Report of the Imperial Institute of Veterinary Research, Muktesar
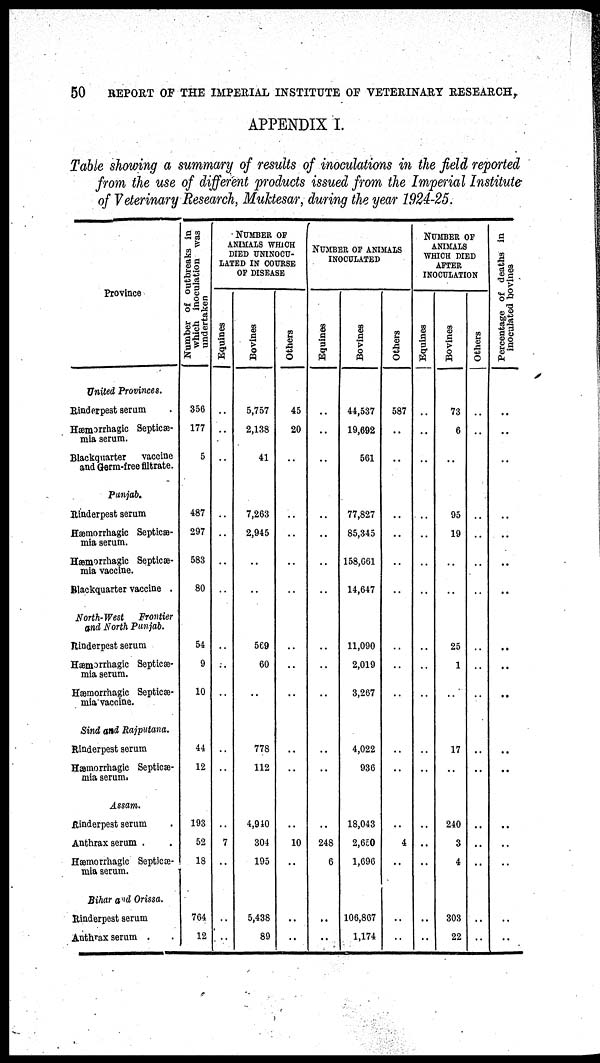
50
REPORT OF THE IMPERIAL INSTITUTE OF VETERINARY RESEARCH,
APPENDIX I.
Table showing a summary of results of inoculations in the field reported
from the use of different products issued from the Imperial Institute
of Veterinary Research, Muktesar, during the year 1924-25.
Province
United Provinces.
Rinderpest serum
Hæmorrhagic Septicæ-
mia serum.
Blackquarter
vaccine
and Germ-free filtrate.
Punjab.
Rinderpest serum
Hæmorrhagic Septicæ-
mia serum.
Hæmorrhagic Septicæ-
mia vaccine.
Blackquarter vaccine .
North-West
Frontier
and North Punjab.
Rinderpest serum
Hæmorrhagic Septicæ-
mia serum.
Hæmorrhagic Septicæ-
mia vaccine.
Sind and Rajputana.
Rinderpest serum
Hæmorrhagic Septicæ-
mia serum.
Assam.
Rinderpest serum
Anthrax serum .
Hæmorrhagic Septicæ-
mia serum.
Bihar and Orissa.
Rinderpest serum
Anthrax serum
Number of outbreaks in
which inoculation was
undertaken
356
177
5
487
297
583
80
54
9
10
44
12
193
52
18
764
12
NUMBER OF
ANIMALS WHICH
DIED UNINOCU¬
LATED IN COURSE
OF DISEASE
Equines
..
..
..
..
..
..
..
..
..
..
..
..
..
7
..
..
..
Bovines
5,757
2,138
41
7,263
2,945
569
60
..
778
112
4,940
304
195
5,438
89
Others
45
20
..
..
..
..
..
..
..
..
..
..
..
..
10
..
..
..
NUMBER OF ANIMALS
INOCULATED
Equines
..
..
..
..
..
..
..
..
..
..
..
..
..
..
248
6
..
..
Bovines
44,537
19,692
561
77,827
85,345
158,661
14,647
11,090
2,019
3,267
4,022
936
18,043
2,650
1,696
106,867
1,174
Others
587
..
..
..
..
..
..
..
..
..
..
..
..
4
..
..
..
NUMBER OF
ANIMALS
WHICH DIED
AFTER
INOCULATION
Equines
..
..
..
..
..
..
..
..
..
..
..
..
..
..
..
..
..
Bovines
73
6
..
95
19
..
..
25
1
..
17
..
240
3
4
303
22
Others
..
..
..
..
..
..
..
..
..
..
..
..
..
..
..
..
..
Percentage of deaths in
inoculated bovines
..
..
..
..
..
..
..
..
..
..
..
..
..
..
..
..
..